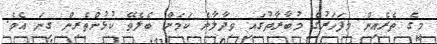
މީގެ ތެރެއިން މިފަހަރުގެ މުބާރާތުގައި ވިދާލާނެ ކަމަށް ބެލެވޭ ކުޅުންތެރިން ގިނަ އެވެ.